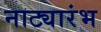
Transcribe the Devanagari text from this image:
नाट्यारंभ